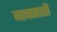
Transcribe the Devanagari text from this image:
नाचासाठी